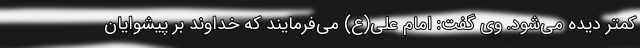
کمتر دیده می‌شود. وی گفت: امام علی(ع) می‌فرمایند که خداوند بر پیشوایان